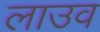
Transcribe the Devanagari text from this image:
लाउव